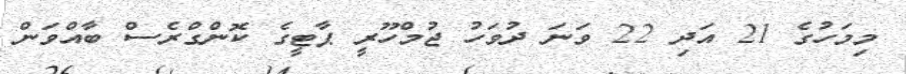
މިމަހުގެ 21 އަދި 22 ވަނަ ދުވަހު ޖުމްހޫރީ ޕާޓީގެ ކޮންގްރެސް ބާއްވަން